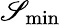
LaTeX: \mathscr{S}_{\mathrm{min}}